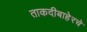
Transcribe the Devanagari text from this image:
ताकदीबाहेरचे